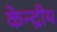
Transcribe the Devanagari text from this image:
केन्‍द्रीय